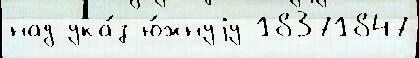
над ука́з ю́жнуjу 18371847